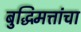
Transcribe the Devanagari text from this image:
बुद्धिमत्तांचा